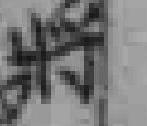
將